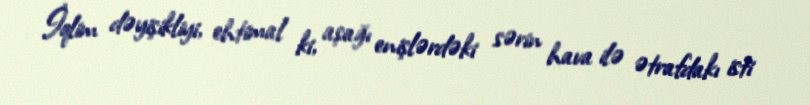
İqlim dəyişikliyi, ehtimal ki, aşağı enişlərdəki sərin hava ilə ətrafdakı isti